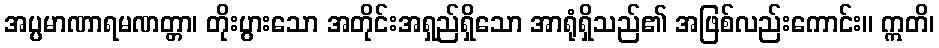
အပ္ပမာဏာရမဏတ္တာ၊ တိုးပွားသော အတိုင်းအရှည်ရှိသော အာရုံရှိသည်၏ အဖြစ်လည်းကောင်း။ ဣတိ၊